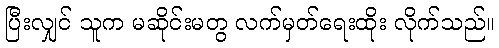
ပြီးလျှင် သူက မဆိုင်းမတွ လက်မှတ်ရေးထိုး လိုက်သည်။